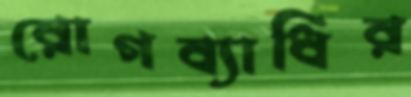
রোগব্যাধির